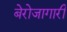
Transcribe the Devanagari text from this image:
बेरोजागारी